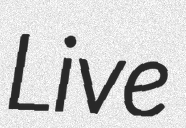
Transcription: Live